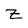
Character: Z